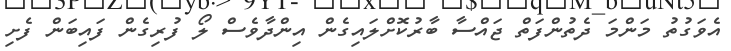
އެވަގުތު މަންމަ ދެތުންފަތް ޖައްސާ ބާރުކޮށްލައިގެން އިންދާވެސް ލޯ ފުރިގެން ފައިބަން ފެށި